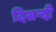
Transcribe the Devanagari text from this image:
दिसन्दी